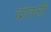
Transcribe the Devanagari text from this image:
दांतली